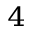
_ 4